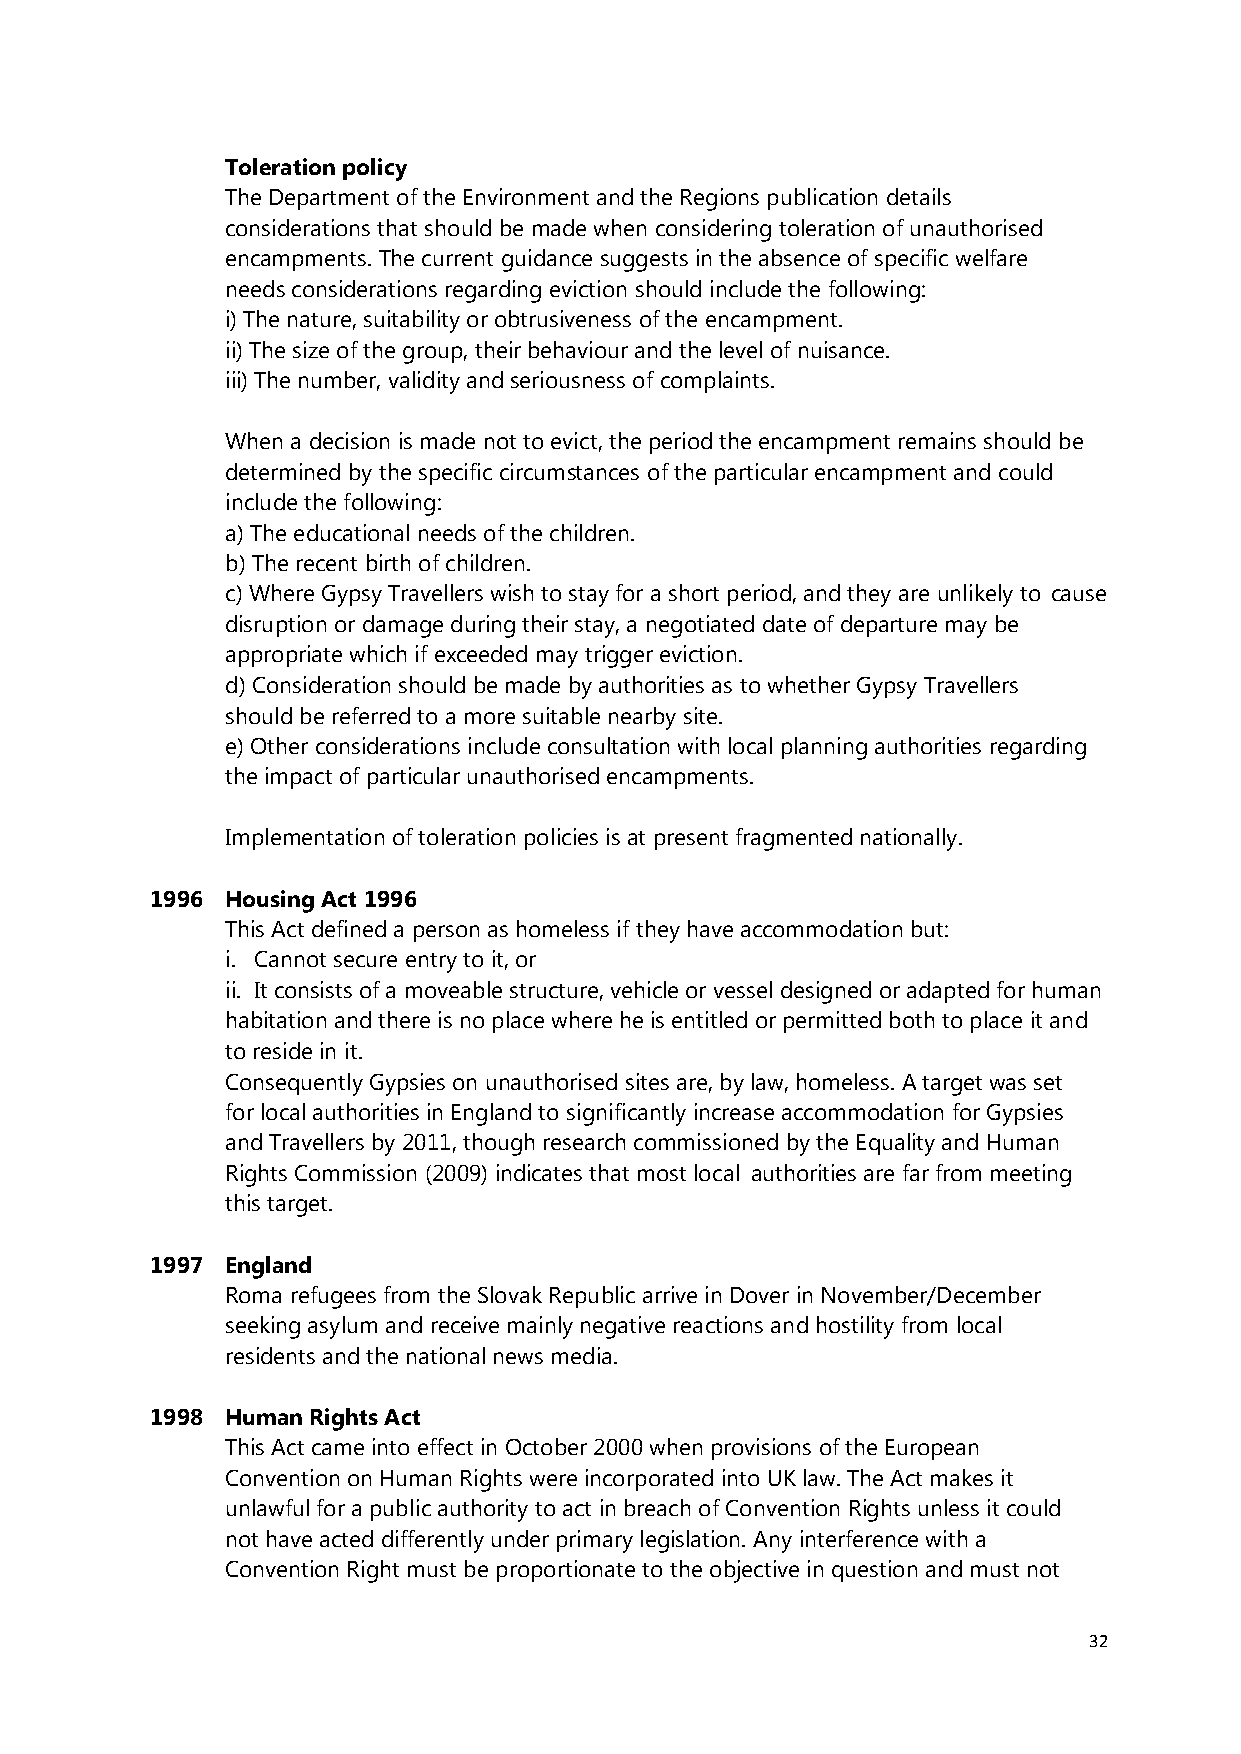
Toleration policy
 The Department of the Environment and the Regions publication details
 considerations that should be made when considering toleration of unauthorised
 encampments. The current guidance suggests in the absence of specific welfare
 needs considerations regarding eviction should include the following:
 i) The nature, suitability or obtrusiveness of the encampment.
 ii) The size of the group, their behaviour and the level of nuisance.
 iii) The number, validity and seriousness of complaints.
 When a decision is made not to evict, the period the encampment remains should be
 determined by the specific circumstances of the particular encampment and could
 include the following:
 a) The educational needs of the children.
 b) The recent birth of children.
 c) Where Gypsy Travellers wish to stay for a short period, and they are unlikely to cause
 disruption or damage during their stay, a negotiated date of departure may be
 appropriate which if exceeded may trigger eviction.
 d) Consideration should be made by authorities as to whether Gypsy Travellers
 should be referred to a more suitable nearby site.
 e) Other considerations include consultation with local planning authorities regarding
 the impact of particular unauthorised encampments.
 Implementation of toleration policies is at present fragmented nationally.
 1996 Housing Act 1996
 This Act defined a person as homeless if they have accommodation but:
 i. Cannot secure entry to it, or
 ii. It consists of a moveable structure, vehicle or vessel designed or adapted for human
 habitation and there is no place where he is entitled or permitted both to place it and
 to reside in it.
 Consequently Gypsies on unauthorised sites are, by law, homeless. A target was set
 for local authorities in England to significantly increase accommodation for Gypsies
 and Travellers by 2011, though research commissioned by the Equality and Human
 Rights Commission (2009) indicates that most local authorities are far from meeting
 this target.
 1997 England
 Roma refugees from the Slovak Republic arrive in Dover in November/December
 seeking asylum and receive mainly negative reactions and hostility from local
 residents and the national news media.
 1998 Human Rights Act
 This Act came into effect in October 2000 when provisions of the European
 Convention on Human Rights were incorporated into UK law. The Act makes it
 unlawful for a public authority to act in breach of Convention Rights unless it could
 not have acted differently under primary legislation. Any interference with a
 Convention Right must be proportionate to the objective in question and must not
 32